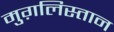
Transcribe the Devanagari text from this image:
मुग़लिस्तान